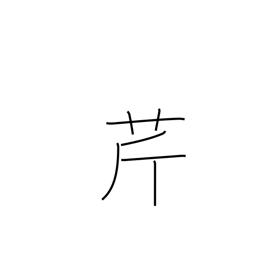
Meaning: parsley